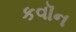
કવૉન